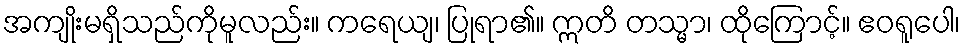
အကျိုးမရှိသည်ကိုမူလည်း။ ကရေယျ၊ ပြုရာ၏။ ဣတိ တသ္မာ၊ ထိုကြောင့်။ ဧဝရူပေါ၊